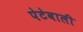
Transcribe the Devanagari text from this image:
पेटेवाली